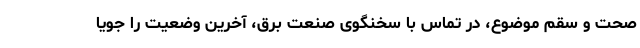
صحت و سقم موضوع،‌ در تماس با سخنگوی صنعت برق،‌ آخرین وضعیت را جویا